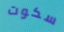
سكوت